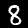
Digit: 8